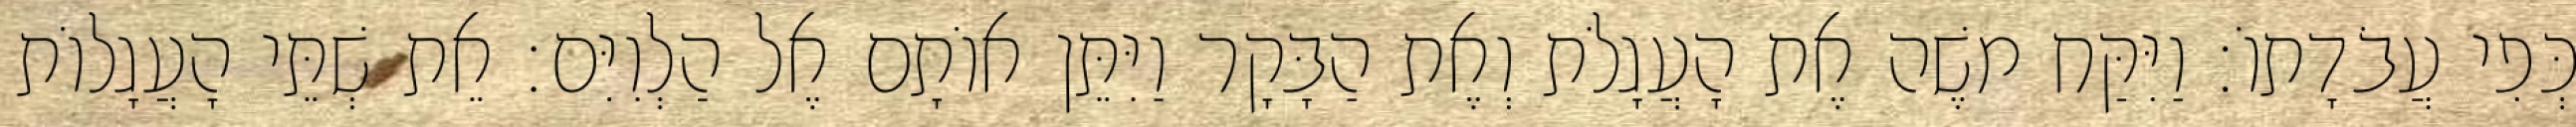
כְּפִי עֲבֹדָתוֹ׃ וַיִּקַּח משֶׁה אֶת הָעֲגָלֹת וְאֶת הַבָּקָר וַיִּתֵּן אוֹתָם אֶל הַלְוִיִּם׃ אֵת שְׁתֵּי הָעֲגָלוֹת